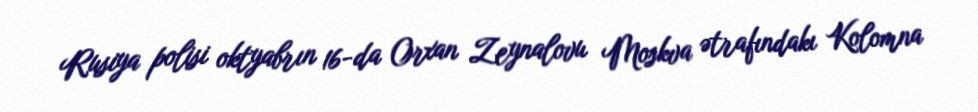
Rusiya polisi oktyabrın 16-da Orxan Zeynalovu Moskva ətrafındakı Kolomna